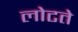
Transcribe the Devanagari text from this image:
लोटते